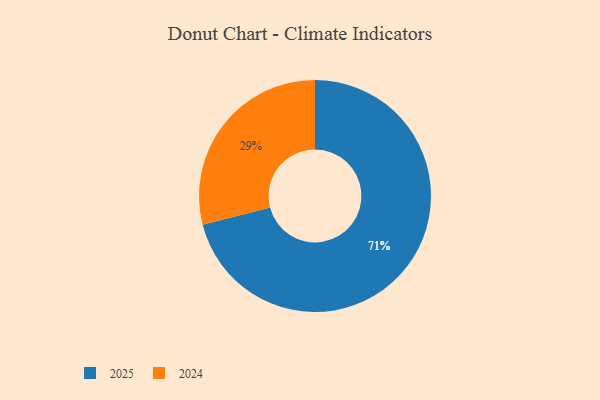
{"axis": {"x": "Category", "y": "Percentage"}, "legend": ["2024", "2025"], "data": [{"x": "2025", "y": 71, "type": "2025"}, {"x": "2024", "y": 29, "type": "2024"}]}